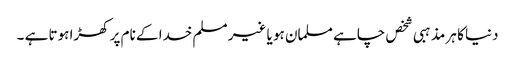
دنیا کا ہر مذہبی شخص چاہے مسلمان ہو یا غیر مسلم خدا کے نام پر کھڑا ہوتا ہے ۔